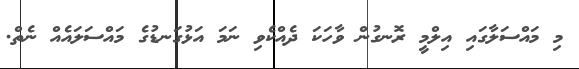
މި މައްސަލާގައި އިލްމީ ރޮނގުން ވާހަކަ ދެއްކެވި ނަމަ އަޅުގަނޑުގެ މައްސަަލައެއް ނެތް.